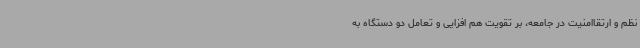
نظم و ارتقاامنیت در جامعه، بر تقویت هم افزایی و تعامل دو دستگاه به